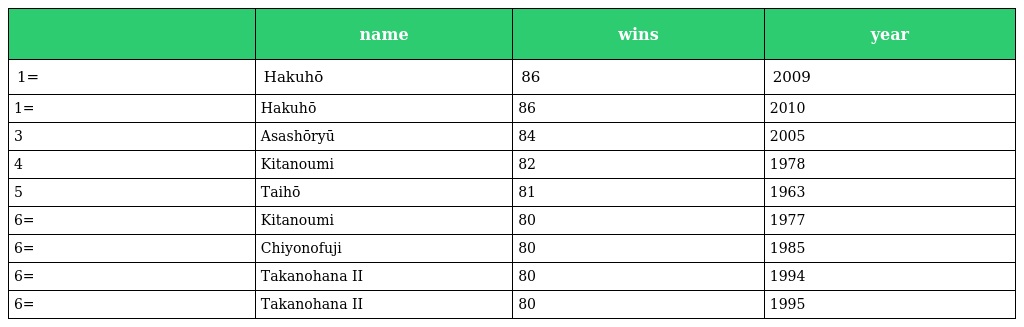
|  | name | wins | year |
 | --- | --- | --- | --- |
 | 1= | Hakuhō | 86 | 2009 |
 | 1= | Hakuhō | 86 | 2010 |
 | 3 | Asashōryū | 84 | 2005 |
 | 4 | Kitanoumi | 82 | 1978 |
 | 5 | Taihō | 81 | 1963 |
 | 6= | Kitanoumi | 80 | 1977 |
 | 6= | Chiyonofuji | 80 | 1985 |
 | 6= | Takanohana II | 80 | 1994 |
 | 6= | Takanohana II | 80 | 1995 |